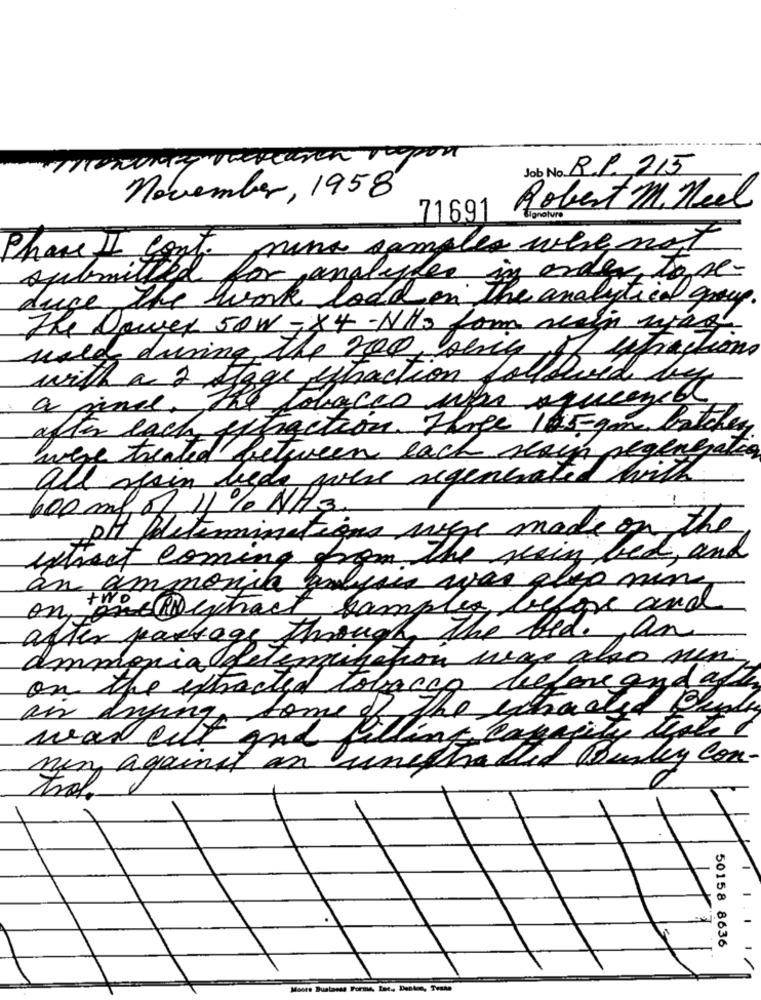
Job No. R.P. 215
november, 1958
Robert M. Heel
71691
Phone II cont. mina samples were not
submitted for analyses in order to se-
duce the work load on The analytical group.
The Dower 50W - X4-NH3 for rain way.
weld during the top series of
sefractions
with a 2 stage extraction followed by
a pince, The tobacco upe squeezed
after each extraction. Three 105- gm batches
were treated between each rain negengratis
all spain beds were regenerated with
600 ml of 11% NH3.
pit feleterminations megye made on the
extract coming from the seain bed, and
an ammonia molysis was aleo min
on one Dextract samples before and
after package through the bed. an
ammonia determination meg also min
on the ithadted tobacco before and after
an drying some of the extracted Bule
was cut and filling capacity thated
men against an unethatted Bundy con-
trol
50158 8636
Moore Bustaess Forme, Inc. Denton, Teste